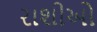
રાશીઓ